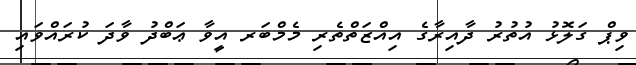
ވިޕް ގަލޮޅު އުތުރު ދާއިރާގެ އިއްޒަތްތެރި މެމްބަރ އީވާ ޢަބްދު ވާދަ ކުރައްވައި